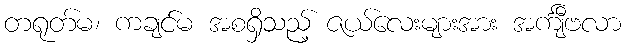
တရုတ်မ၊ ကချင်မ အစရှိသည့် ဇယ်လေးများအား အင်္ကျီဗလာ